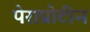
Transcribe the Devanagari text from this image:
पेराप्रोटीन